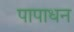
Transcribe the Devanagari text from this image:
पापाधन